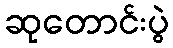
ဆုတောင်းပွဲ